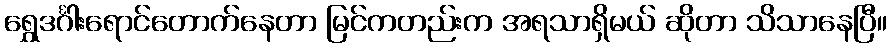
ရွှေဒင်္ဂါးရောင်တောက်နေတာ မြင်ကတည်းက အရသာရှိမယ် ဆိုတာ သိသာနေပြီ။